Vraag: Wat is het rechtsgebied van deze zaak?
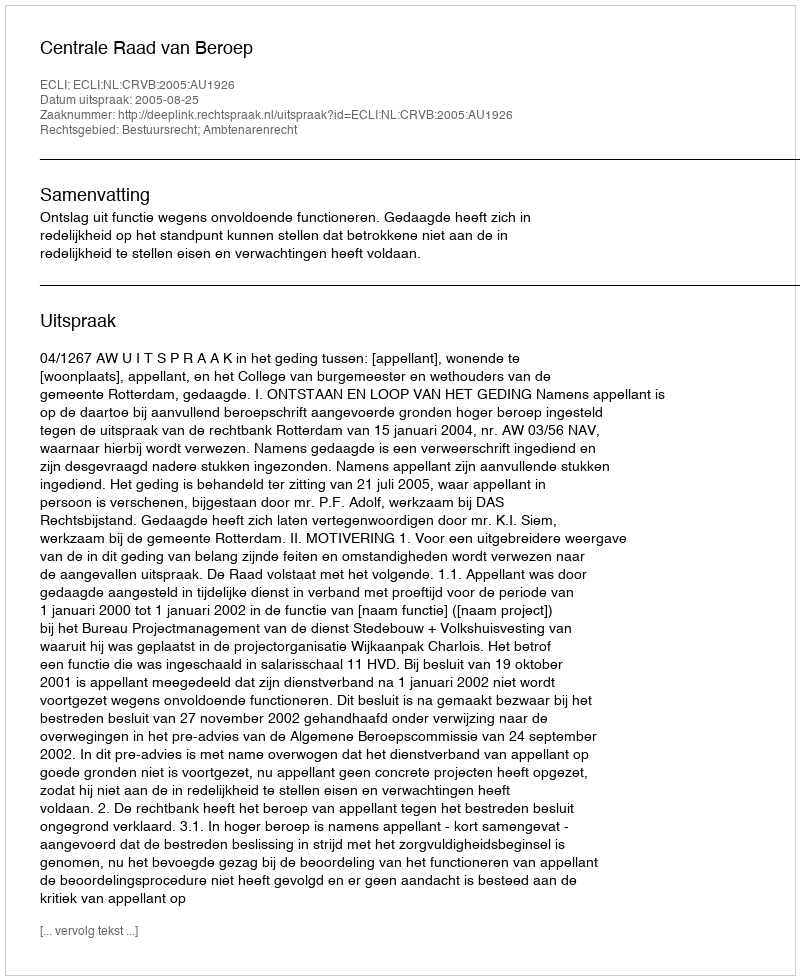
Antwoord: Bestuursrecht; Ambtenarenrecht